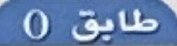
طايق